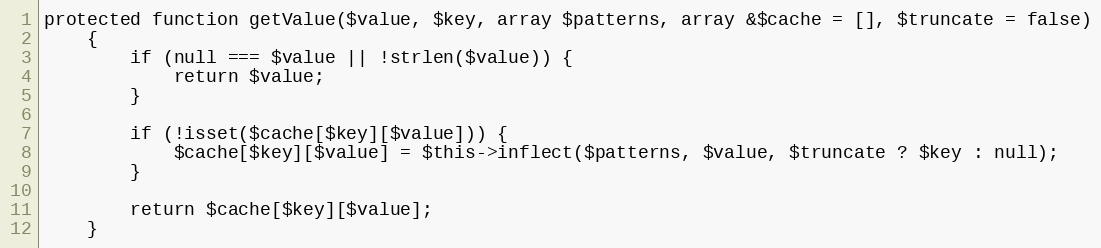
Language: PHP
protected function getValue($value, $key, array $patterns, array &$cache = [], $truncate = false)
    {
        if (null === $value || !strlen($value)) {
            return $value;
        }

        if (!isset($cache[$key][$value])) {
            $cache[$key][$value] = $this->inflect($patterns, $value, $truncate ? $key : null);
        }

        return $cache[$key][$value];
    }